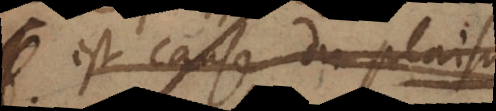
est cause du plais